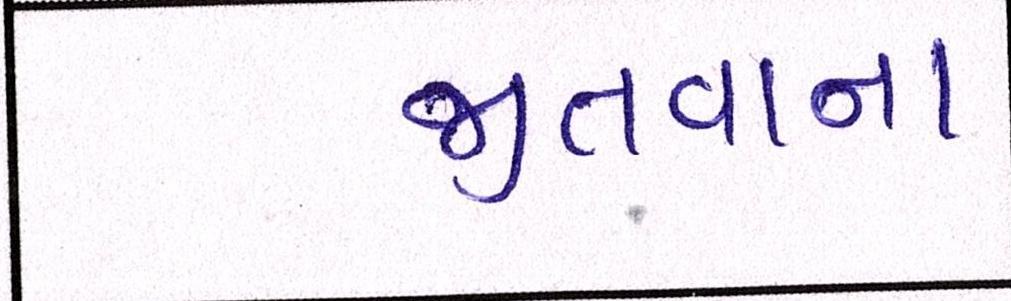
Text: જીતવાના